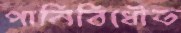
পানিবিধৌত